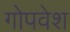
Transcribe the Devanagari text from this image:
गोपवेश